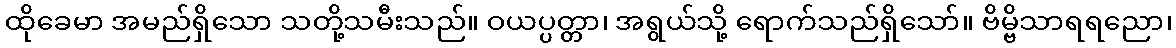
ထိုခေမာ အမည်ရှိသော သတို့သမီးသည်။ ဝယပ္ပတ္တာ၊ အရွယ်သို့ ရောက်သည်ရှိသော်။ ဗိမ္ဗိသာရရညော၊